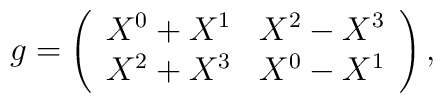
g=\left( \begin{array}{ccc}   X^0+X^1 &  X^2-X^3\\   X^2+X^3 &  X^0-X^1\end{array} \right),